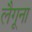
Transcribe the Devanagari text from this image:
लैगूना